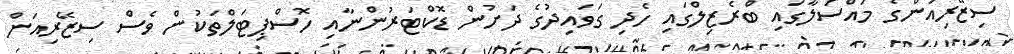
ސިޒޭރިއަންގެ މައްސަލާގައި ބްރެޒިލްގައި ހެދި ގަވައިދުގެ ދަށުން ޑޮކްޓަރުންނާއި ހޮސްޕިޓަލްތަކުން ވެސް ސިޒޭރިއަން